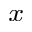
_ { x }